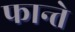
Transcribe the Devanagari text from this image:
फान्ते